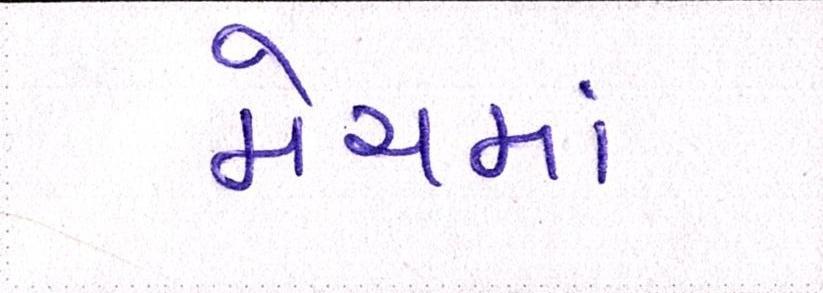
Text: મેચમાં